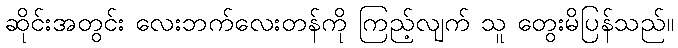
ဆိုင်းအတွင်း လေးဘက်လေးတန်ကို ကြည့်လျက် သူ တွေးမိပြန်သည်။